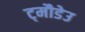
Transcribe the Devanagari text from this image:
ट्मौडेउ